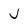
Character: j